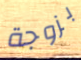
بزوجة